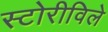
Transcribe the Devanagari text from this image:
स्टोरीविले